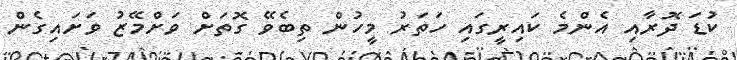
ކުޑަ ދޮރާއި އެންމެ ކައިރީގައި ހަތަރު މީހުން ތިބެވޭ ގޮތަށް ވަށްމޭޒު ވަށައިގެން